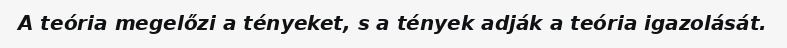
A teória megelőzi a tényeket, s a tények adják a teória igazolását.